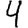
Digit: 4